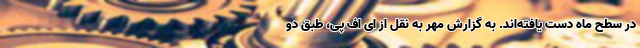
در سطح ماه دست یافته‌اند. به گزارش مهر به نقل از ای اف پی، طبق دو